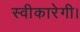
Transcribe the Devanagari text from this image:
स्वीकारेगी।